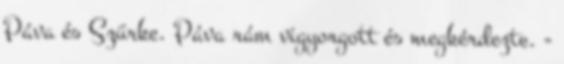
Páva és Szürke. Páva rám vigyorgott és megkérdezte. -